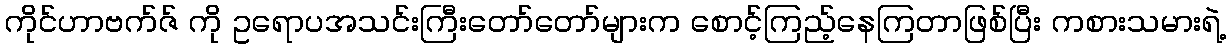
ကိုင်ဟာဗက်ဇ် ကို ဥရောပအသင်းကြီးတော်တော်များက စောင့်ကြည့်နေကြတာဖြစ်ပြီး ကစားသမားရဲ့